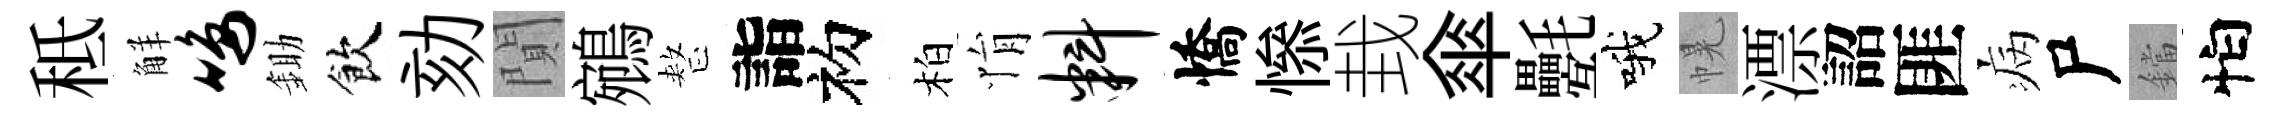
秪觧鸣鋤飲劾閴鵷整詣初柏悁料憍𢡖㘽傘氎哦幌漂詔匪病尸鐺怕